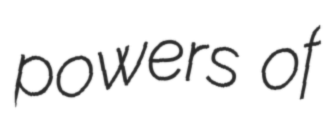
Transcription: powers of